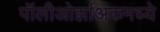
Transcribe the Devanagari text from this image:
पॉलीओर्झाअकमध्ये